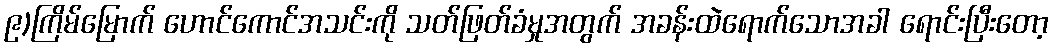
၉)ကြိမ်မြောက် ဟောင်ကောင်အသင်းကို သတ်ဖြတ်ခံမှုအတွက် အခန်းထဲရောက်သောအခါ ရောင်းပြီးတော့